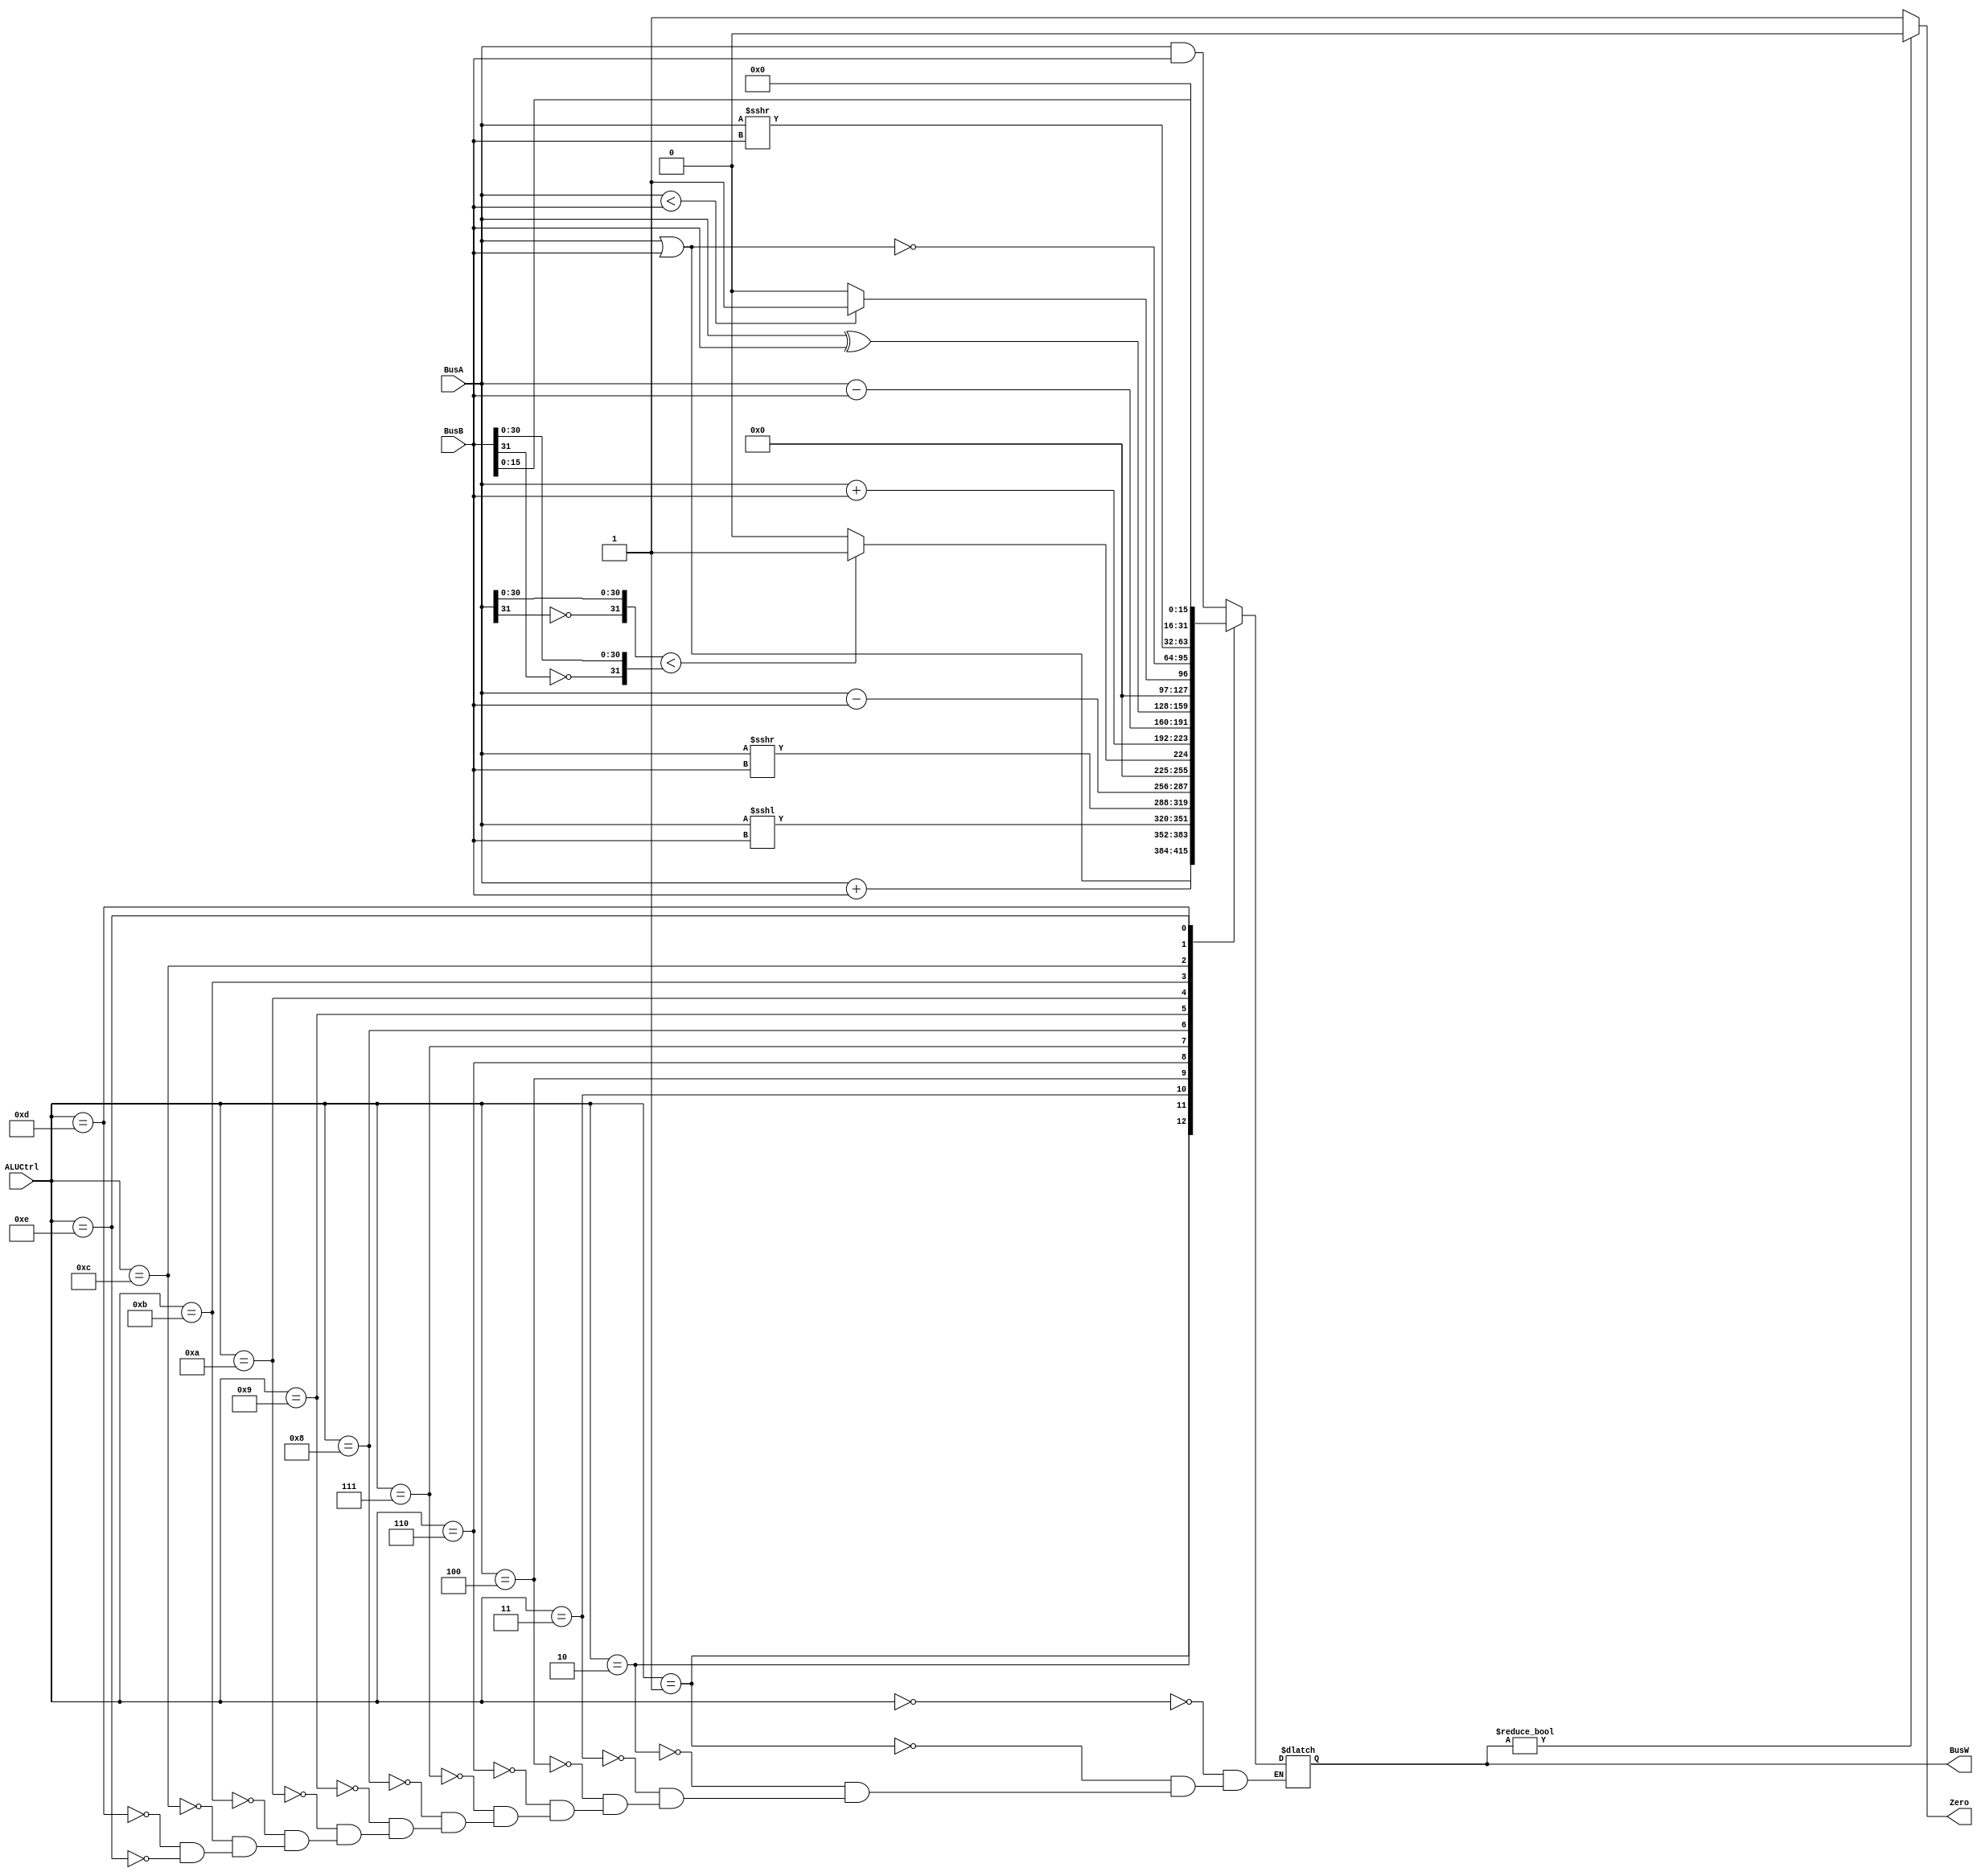
`timescale 1ns/1ps

//Define operations
`define AND 4'b0000
`define OR 4'b0001
`define ADD 4'b0010
`define SLL 4'b0011
`define SRL 4'b0100
`define SUB 4'b0110
`define SLT 4'b0111
`define ADDU 4'b1000
`define SUBU 4'b1001
`define XOR 4'b1010
`define SLTU 4'b1011
`define NOR 4'b1100
`define SRA 4'b1101
`define LUI 4'b1110
//ori = 4'b0001, addi = 4'b0010,

module ALU(BusW, Zero, BusA, BusB, ALUCtrl);
    
    //Ports are 32-bits
    parameter n = 32;
    output  [n-1:0] BusW;
    input   [n-1:0] BusA, BusB;
    input   [3:0] ALUCtrl; //4-bits wide to support 16 different functions
    output  Zero;				// Zero=1 if BusW=0. Zero=0 if BusW=!0  
    reg     [n-1:0] BusW;
    
    always @(ALUCtrl or BusA or BusB) begin
        case(ALUCtrl)
			`AND: begin
				BusW <= #20 BusA & BusB; //And operation through the operaind &
			end
			`OR: begin
				BusW <= #20 BusA | BusB;
        	end
			`ADD: begin	
				BusW  <= #20 $signed(BusA) + $signed(BusB); //Assumes signed for add in MIPS
			end
			`SLL: begin
				BusW  <= #20 BusA <<< BusB; //Shift left
			end
			`SRL: begin
				BusW  <= #20 BusA >>> BusB; //Shift right
			end
			`SUB: begin
				BusW  <= #20 $signed(BusA) - $signed(BusB); //Assumes signed for sub in MIPS
			end
			`SLT: begin
				BusW <= #20 ( {~BusA[31],BusA[30:0]} < {~BusB[31],BusB[30:0]} ) ? 1 : 0; //Compare values of BusA and BusB to know if true (1) less than or false (0) not less than
			end
			`ADDU: begin
				BusW <= #20 BusA + BusB; //Unsigned
			end
			`SUBU: begin
				BusW  <= #20 BusA - BusB; //Unsigned
			end
			`XOR: begin
				BusW  <= BusA ^ BusB;
			end
			`SLTU: begin
				BusW  <= #20 ( BusA < BusB ) ? 1 : 0; //Unsigned
			end
			`NOR: begin
				BusW  <= #20 ~(BusA | BusB);
			end
			`SRA: begin
				BusW  <= #20 $signed(BusA) >>> BusB;
			end
			`LUI: begin
				BusW  <= #20 { BusB[15:0], 16'b0 }; //Lower bits filled with 0's
			end
        endcase
    end
	assign #1 Zero = ( BusW ) ? 0 : 1;
endmodule